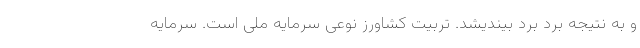
و به نتیجه برد برد بیندیشد. تربیت کشاورز نوعی سرمایه ملی است. سرمایه